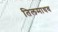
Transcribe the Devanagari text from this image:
तिलमाधव